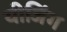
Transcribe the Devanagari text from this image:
यीजिंग